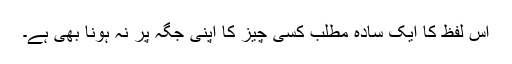
اس لفظ کا ایک سادہ مطلب کسی چیز کا اپنی جگہ پر نہ ہونا بھی ہے۔